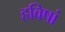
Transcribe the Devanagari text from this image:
हविषां